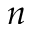
n